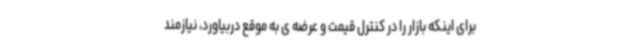
برای اینکه بازار را در کنترل قیمت و عرضه ی به موقع دربیاورد، نیازمند